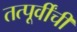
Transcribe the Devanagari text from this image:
तत्पूर्वींचीं